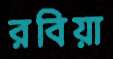
রবিয়া